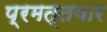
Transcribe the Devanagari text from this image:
प्रमत्तवार